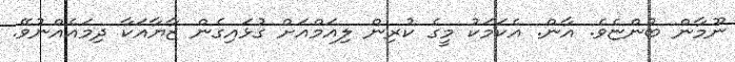
ނޫމާން ބުންޏެވެ. އާން. އެކަމަކު މީގެ ކުރިން ލިއަމްއަށް ގުޅައިގެން ޒާޔާއަކާ ދިމައެއްނުވޭ.